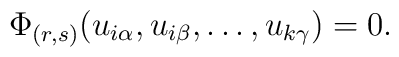
\Phi_{(r,s)}(u_{i\alpha}, u_{i\beta},\ldots,u_{k\gamma})=0.